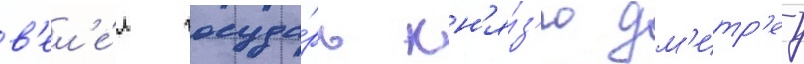
в'ел'е́л госуда́рь кн'я́з'ю дм'итр'еу